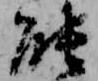
能